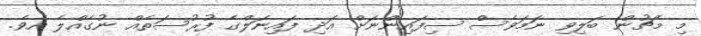
މި މެޗުން ބަލިވި ނަމަވެސް ސިފައިންނަށް އަދި ފައިނަލްގެ ފުރުސަތެއް ނުގެއްލެ އެވެ.